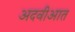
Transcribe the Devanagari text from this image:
अदवीआत